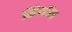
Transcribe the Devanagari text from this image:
सिजोंग